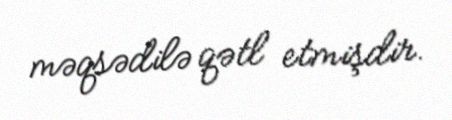
məqsədilə qətl etmişdir.